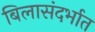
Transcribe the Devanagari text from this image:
बिलासंदर्भात